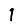
Digit: 1